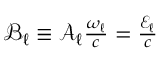
\begin{array} { r } { \mathcal { B } _ { \ell } \equiv \mathcal { A } _ { \ell } \frac { \omega _ { \ell } } { c } = \frac { \mathcal { E } _ { \ell } } { c } } \end{array}